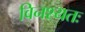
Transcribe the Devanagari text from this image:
विनश्यतः